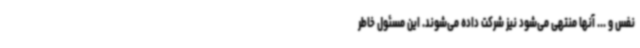
نفس و ... آنها منتهی می‌شود نیز شرکت داده می‌شوند. این مسئول خاطر